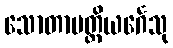
သောတာပတ္တိယင်္ဂေသု